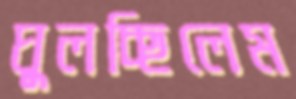
ঘুলচ্ছিলেম